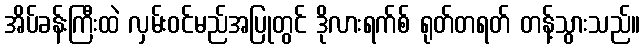
အိပ်ခန်းကြီးထဲ လှမ်းဝင်မည်အပြုတွင် ဒိုလားရက်စ် ရုတ်တရတ် တန့်သွားသည်။